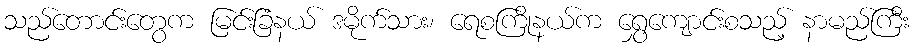
သည်တောင်းတွေက မြင်းခြံနယ် ဒမိုက်သား၊ ရေစကြိုနယ်က ရွှေကျောင်းစသည့် နာမည်ကြီး